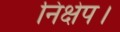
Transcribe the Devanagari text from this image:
निक्षेप।